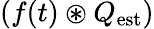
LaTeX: (f(t)\circledast Q_{\mathrm{est}})